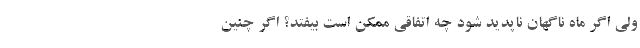
ولی اگر ماه ناگهان ناپدید شود چه اتفاقی ممکن است بیفتد؟ اگر چنین